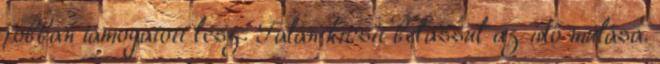
jobban támogatott lesz. Talán kicsit belassul az idő múlása.